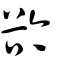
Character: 𧮰